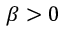
\beta > 0